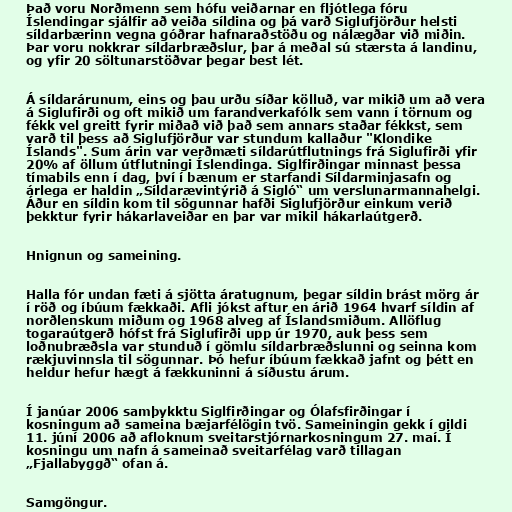
Það voru Norðmenn sem hófu veiðarnar en fljótlega fóru
Íslendingar sjálfir að veiða síldina og þá varð Siglufjörður helsti
síldarbærinn vegna góðrar hafnaraðstöðu og nálægðar við miðin.
Þar voru nokkrar síldarbræðslur, þar á meðal sú stærsta á landinu,
og yfir 20 söltunarstöðvar þegar best lét.

Á síldarárunum, eins og þau urðu síðar kölluð, var mikið um að vera
á Siglufirði og oft mikið um farandverkafólk sem vann í törnum og
fékk vel greitt fyrir miðað við það sem annars staðar fékkst, sem
varð til þess að Siglufjörður var stundum kallaður "Klondike
Íslands". Sum árin var verðmæti síldarútflutnings frá Siglufirði yfir
20% af öllum útflutningi Íslendinga. Siglfirðingar minnast þessa
tímabils enn í dag, því í bænum er starfandi Síldarminjasafn og
árlega er haldin „Síldarævintýrið á Sigló“ um verslunarmannahelgi.
Áður en síldin kom til sögunnar hafði Siglufjörður einkum verið
þekktur fyrir hákarlaveiðar en þar var mikil hákarlaútgerð.

Hnignun og sameining.

Halla fór undan fæti á sjötta áratugnum, þegar síldin brást mörg ár
í röð og íbúum fækkaði. Afli jókst aftur en árið 1964 hvarf síldin af
norðlenskum miðum og 1968 alveg af Íslandsmiðum. Allöflug
togaraútgerð hófst frá Siglufirði upp úr 1970, auk þess sem
loðnubræðsla var stunduð í gömlu síldarbræðslunni og seinna kom
rækjuvinnsla til sögunnar. Þó hefur íbúum fækkað jafnt og þétt en
heldur hefur hægt á fækkuninni á síðustu árum.

Í janúar 2006 samþykktu Siglfirðingar og Ólafsfirðingar í
kosningum að sameina bæjarfélögin tvö. Sameiningin gekk í gildi
11. júní 2006 að afloknum sveitarstjórnarkosningum 27. maí. Í
kosningu um nafn á sameinað sveitarfélag varð tillagan
„Fjallabyggð“ ofan á.

Samgöngur.